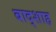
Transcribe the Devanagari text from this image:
बाद्शाह